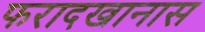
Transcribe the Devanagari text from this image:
फरादखानास